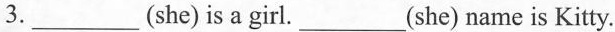
3.___(she) is a girl.___(she) name is Kitty.